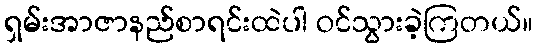
ရှမ်းအာဇာနည်စာရင်းထဲပါ ဝင်သွားခဲ့ကြတယ်။